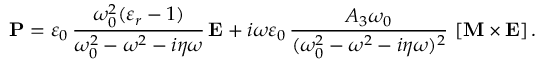
\boldsymbol { \mathbf { P } } = \varepsilon _ { 0 } \, \frac { \omega _ { 0 } ^ { 2 } ( \varepsilon _ { r } - 1 ) } { \omega _ { 0 } ^ { 2 } - \omega ^ { 2 } - i \eta \omega } \, \boldsymbol { \mathbf { E } } + i \omega \varepsilon _ { 0 } \, \frac { A _ { 3 } \omega _ { 0 } } { ( \omega _ { 0 } ^ { 2 } - \omega ^ { 2 } - i \eta \omega ) ^ { 2 } } \, \left[ \boldsymbol { \boldsymbol { \mathbf { M } } } \times \boldsymbol { \mathbf { E } } \right] .